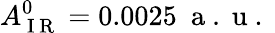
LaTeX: A_{\mathrm{~I~R~}}^{0}=0.0025~\mathrm{~a~.~u~.~}